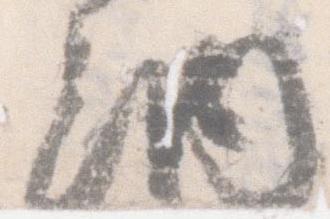
納